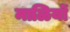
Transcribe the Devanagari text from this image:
माळियों